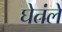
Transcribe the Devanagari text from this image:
घेतंले